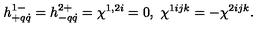
h _ { + q \dot { q } } ^ { 1 - } = h _ { - q \dot { q } } ^ { 2 + } = \chi ^ { 1 , 2 i } = 0 , \ \chi ^ { 1 i j k } = - \chi ^ { 2 i j k } .